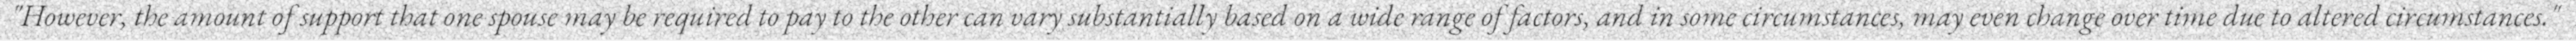
"However, the amount of support that one spouse may be required to pay to the other can vary substantially based on a wide range of factors, and in some circumstances, may even change over time due to altered circumstances."